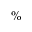
\%